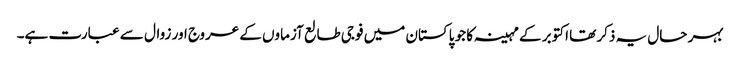
بہر حال یہ ذکر تھا اکتوبر کے مہینہ کا جو پاکستان میں فوجی طالع آزماوں کے عروج اور زوال سے عبارت ہے۔